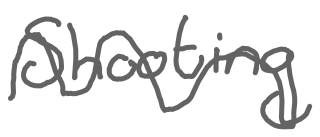
Text: Shooting
Cross-out: wave
Writing tool: digital_gray